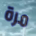
مرة